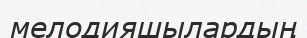
мелодияшылардың